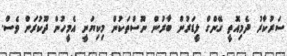
ސަރުކާރު ދެމިއޮތީ ގޭންގް ލީޑަރުން ބާރުން ނޫސްތަކުން މިކިޔަނީ އެމީހުން ދޫކުރަން ވެސް.